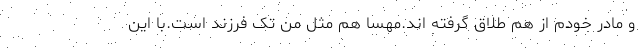
و مادر خودم از هم طلاق گرفته اند.مهسا هم مثل من تک فرزند است.با این